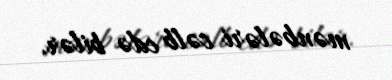
mənbələri cəlb edə bilər.